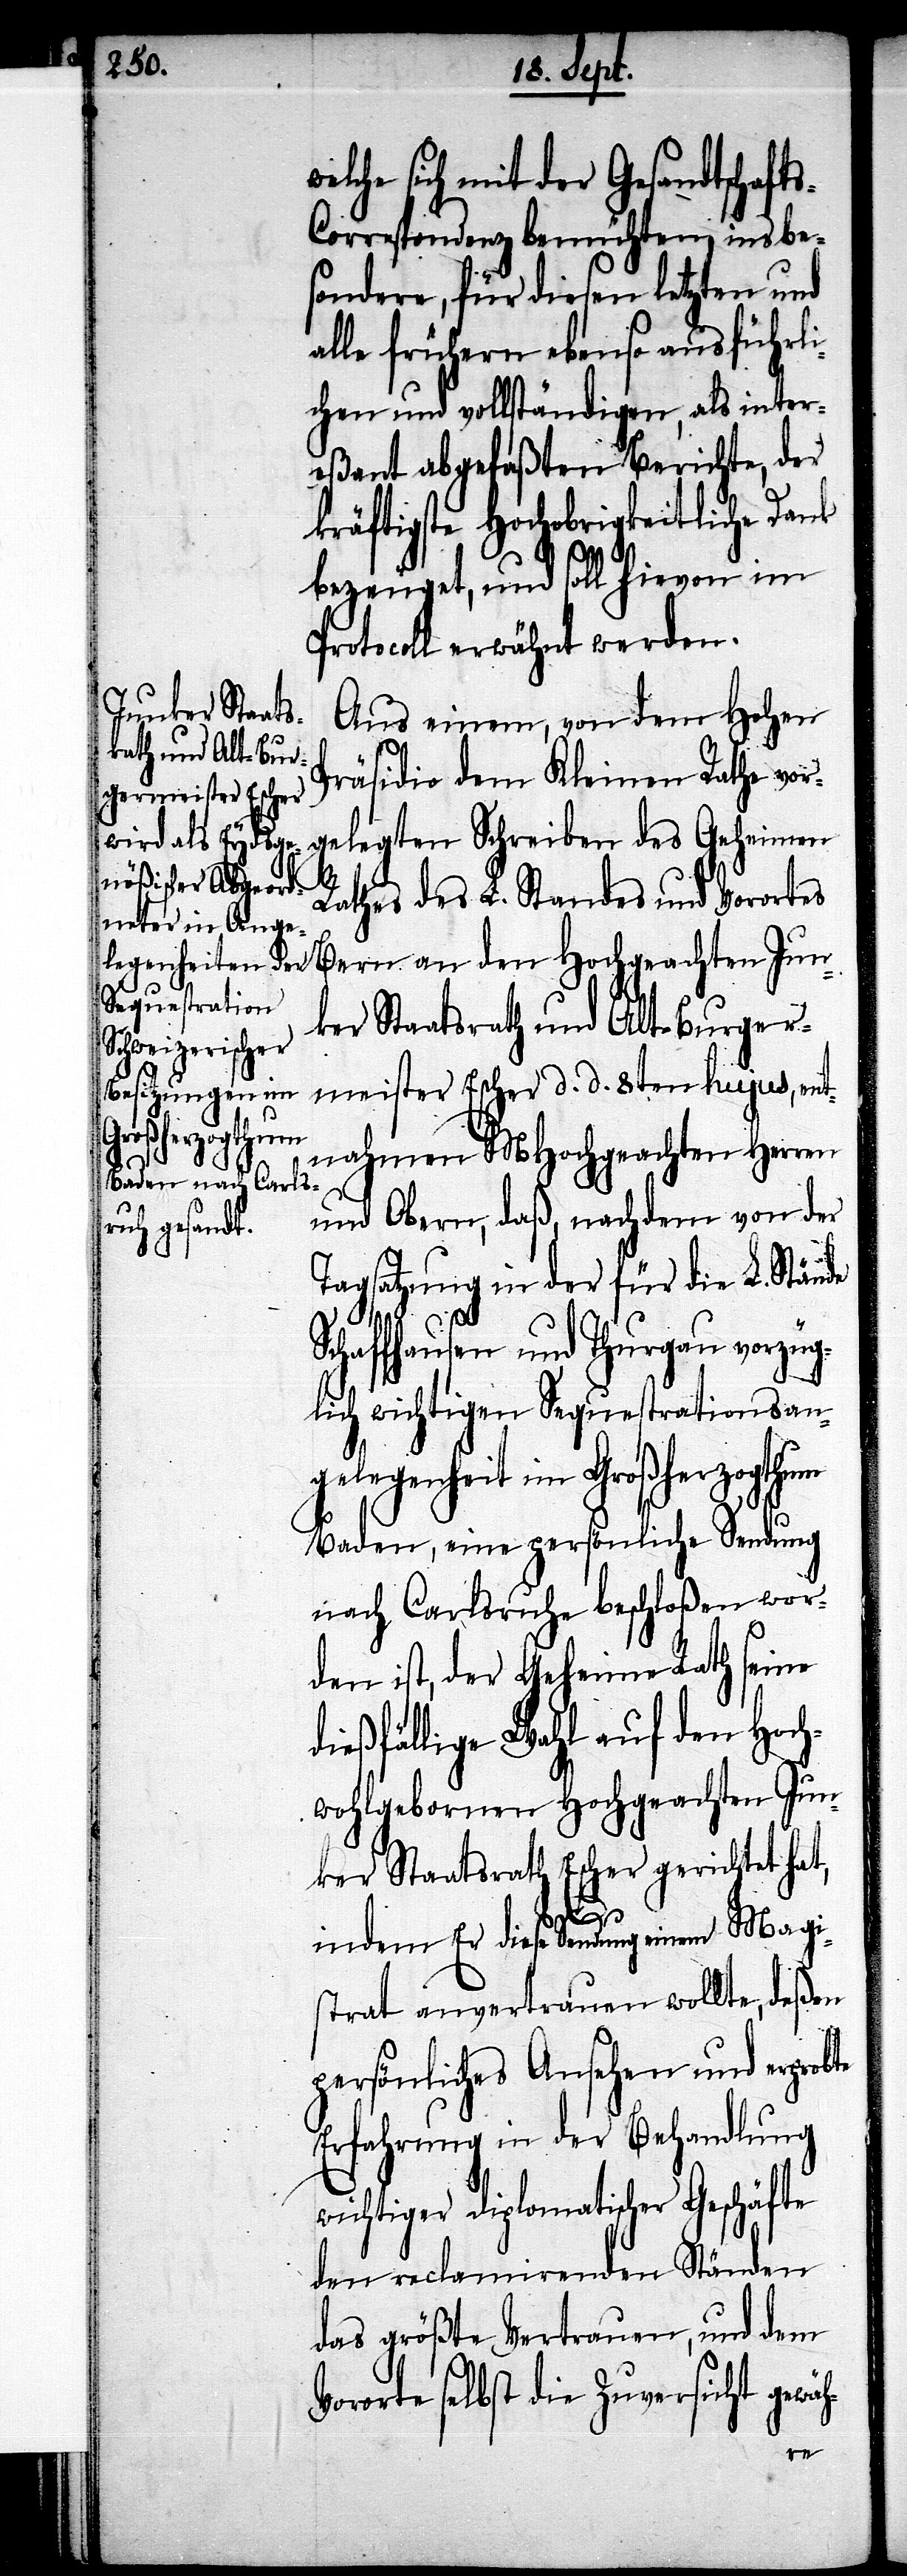
welche sich mit der Gesandtschaft¬
s-Correspondenz bemühten insbe¬
sondere, für diesen letzten und
alle frühern ebenso ausführl¬
ichen und vollständigen, als inter¬
eßant abgefaßten Berichte, der
kräftigste Hochobrigkeitliche Dank
bezeuget, und soll hievon im
Protocoll erwähnt werden.
Aus einem, von dem Hohen
Präsidio dem Kleinen Rathe vor¬
gelegten Schreiben des Geheimen
Rathes des L. Standes und Vorortes
Bern an den Hochgeachten Jun¬
ker Staatsrath und Alt-Burger¬
meister Escher d. d. 8ten hujus, ent¬
nahmen MHochgeachten Herren
und Oberrn, daß, nachdem von der
Tagsatzung in der für die L. Stände
Schaffhausen und Thurgau vorzüg¬
lich wichtigen Sequestrationsan¬
gelegenheit im Großherzogthum
Baden, eine persönliche Sendung
nach Carlsruhe beschloßen wor¬
den ist, der Geheime Rath seine
dießfällige Wahl auf den Hoch¬
wohlgebornen Hochgeachten Jun¬
ker Staatsrath Escher gerichtet hat,
Geschäfte
indem Er diese Sendung einem Magi¬
strat anvertrauen wollte, deßen
persönliches Ansehen und erprobte
Erfahrung in der Behandlung
wichtiger diplomatischer
den reclamirenden Ständen
das größte Vertrauen, und dem
Vororte selbst die Zuversicht gewäh-